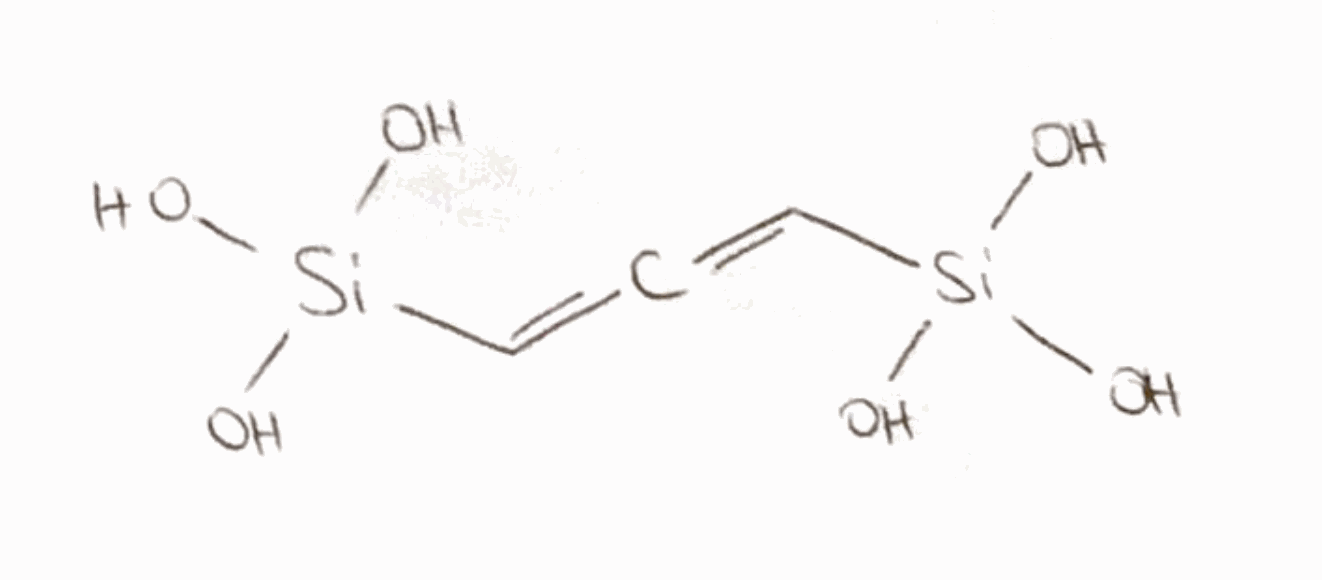
Simplified molecular-input line-entry system (SMILES) notation of the given molecule:
C(=C=C[Si](O)(O)O)[Si](O)(O)O